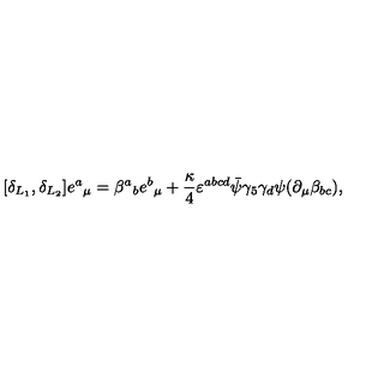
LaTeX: [ \delta _ { L _ { 1 } } , \delta _ { L _ { 2 } } ] e { ^ a } _ { \mu } = \beta { ^ a } _ { b } e { ^ b } _ { \mu } + { \frac { \kappa } { 4 } } \varepsilon ^ { a b c d } \bar { \psi } \gamma _ { 5 } \gamma _ { d } \psi ( \partial _ { \mu } \beta _ { b c } ) ,